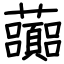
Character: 虈